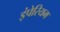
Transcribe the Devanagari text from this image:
इंपेरियम